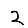
Digit: 2